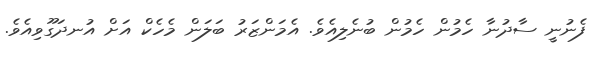
ފެނުނީ ސާދުނާ ހެމުން ހެމުން ބުނެލިއެވެ. އެމަންޒަރު ބަލަން މެހެކް އަށް އުނދަގޫވިއެވެ.